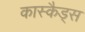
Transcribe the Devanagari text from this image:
कास्कैड्स